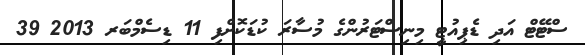
ސްޓޭޓް އަދި ޑެޕިއުޓީ މިނިސްޓަރުންގެ މުސާރަ ކުޑަކޮށްފި 11 ޑިސެމްބަރ 2013 39